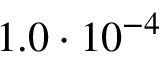
1 . 0 \cdot 1 0 ^ { - 4 }